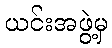
ယင်းအဖွဲ့မှ